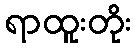
ရာထူးတိုး